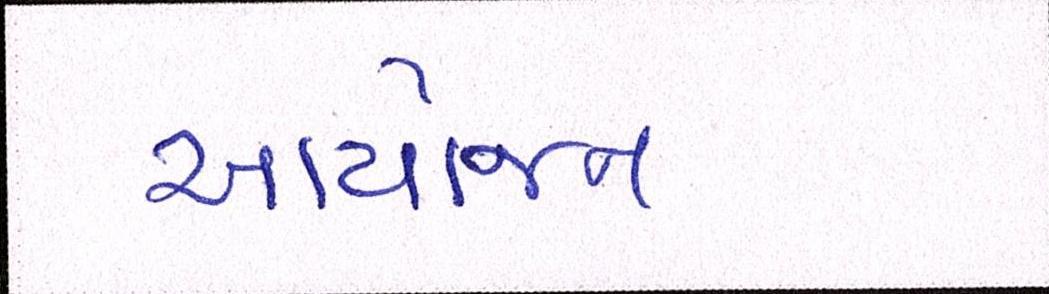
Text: આયોજન